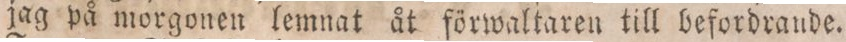
jag på morgonen lemnat åt förwaltaren till befordrande.